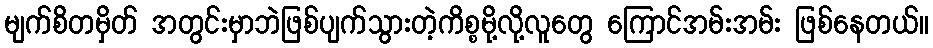
မျက်စိတမှိတ် အတွင်းမှာဘဲဖြစ်ပျက်သွားတဲ့ကိစ္စမို့လို့လူတွေ ကြောင်အမ်းအမ်း ဖြစ်နေတယ်။